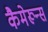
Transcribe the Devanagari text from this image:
कैमेरून्स